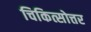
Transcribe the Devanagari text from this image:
चिकित्सोत्तर